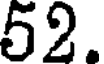
52.